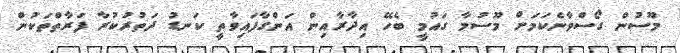
މޫސުން ގޯސްވާނެކަމަށް މޫސުމާ ގައުމީ ބެހޭ އިދާރާއިން އަންގާފައިވާތީ ކަނޑު ދަތުރުކުރާ ފަރާތްތަކުން